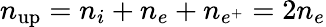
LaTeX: n_{\mathrm{up}}=n_{i}+n_{e}+n_{e^{+}}=2n_{e}